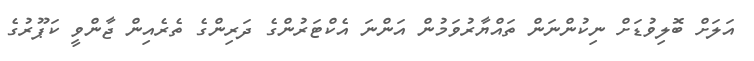
އަލަށް ބޮލިވުޑަށް ނިކުންނަން ތައްޔާރުވަމުން އަންނަ އެކްޓަރުންގެ ދަރިންގެ ތެރެއިން ޖާންވީ ކަޕޫރުގެ